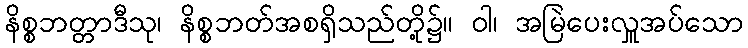
နိစ္စဘတ္တာဒီသု၊ နိစ္စဘတ်အစရှိသည်တို့၌။ ဝါ၊ အမြဲပေးလှူအပ်သော